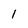
Character: 1